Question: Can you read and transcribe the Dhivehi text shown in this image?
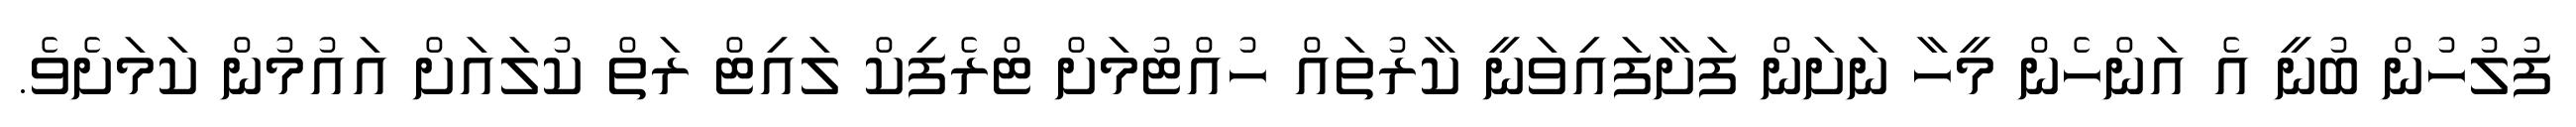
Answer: ފުލުހުން ބުނީ އެ އަންހެން މީހާ ނަށަން ފަށާފައިވަނީ ކާރުތައް ހުއްޓުމަށް ޓްރެފިކް ލައިޓް ރަތް ކުލައަށް އައުމުން ކަމަށެވެ.